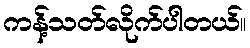
ကန့်သတ်လိုက်ပါတယ်။